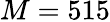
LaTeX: M=515